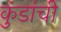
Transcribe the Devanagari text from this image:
कुंडांची